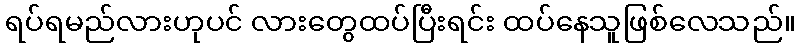
ရပ်ရမည်လားဟုပင် လားတွေထပ်ပြီးရင်း ထပ်နေသူဖြစ်လေသည်။